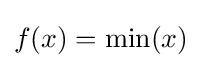
f(x)=\min(x)